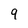
Character: 9